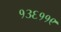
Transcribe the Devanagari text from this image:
१३६११९